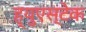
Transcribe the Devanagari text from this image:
ह्युएस्टेक